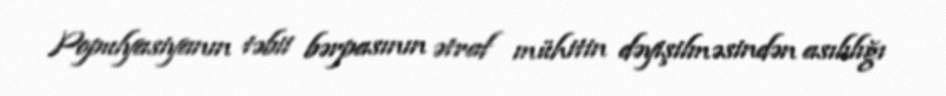
Populyasiyanın təbii bərpasının ətraf mühitin dəyişilməsindən asılılığı